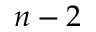
n - 2